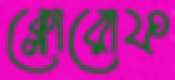
ক্লোরোফ